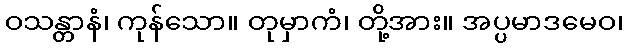
ဝသန္တာနံ၊ ကုန်သော။ တုမှာကံ၊ တို့အား။ အပ္ပမာဒမေဝ၊